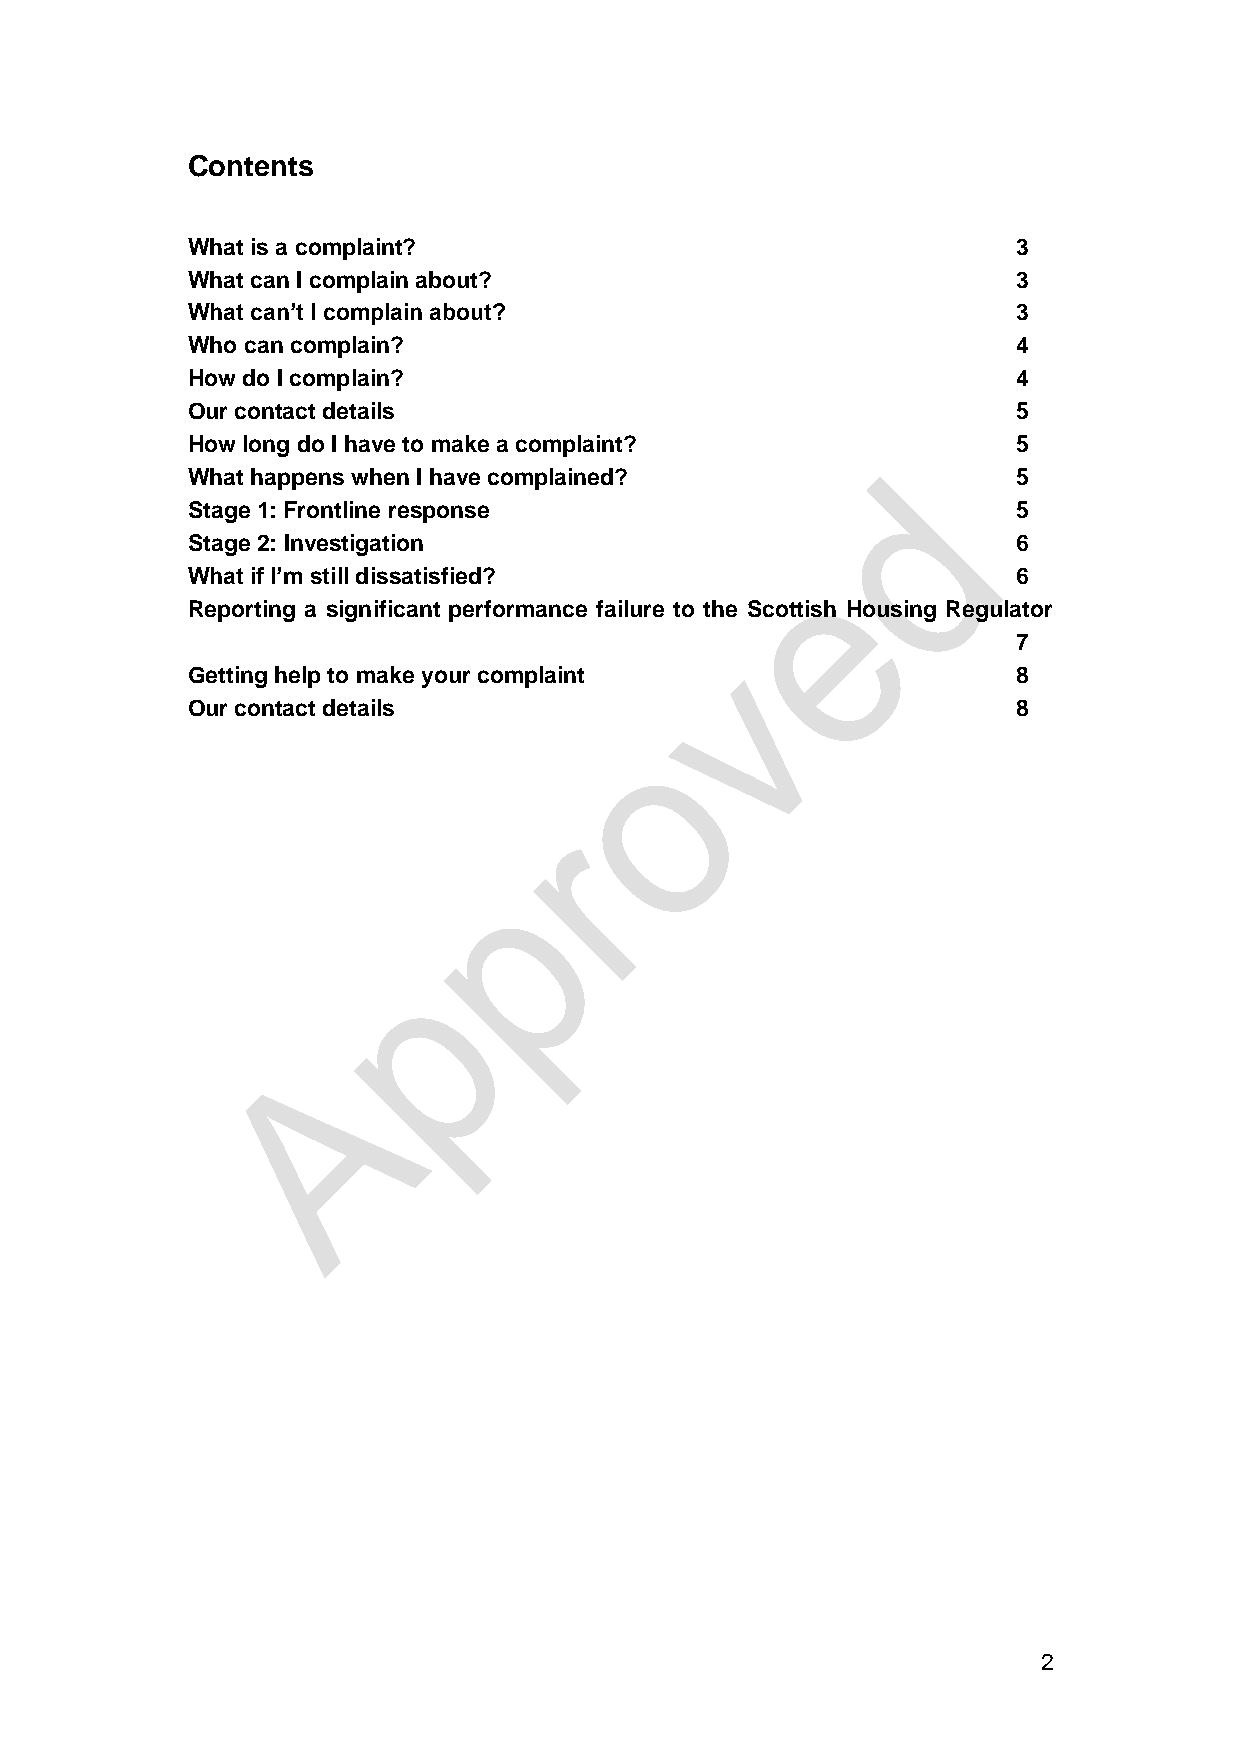
Contents
 What is a complaint?                                   3
 What can I complain about?                             3
 What can’t I complain about?                           3
 Who can complain?                                      4
 How do I complain?                                     4
 Our contact details                                    5
 How long do I have to make a complaint?                5
 What happens when I have complained?                   5
 Stage 1: Frontline response                            5
 Stage 2: Investigation                                 6
 What if I’m still dissatisfied?                        6
 Reporting a significant performance failure to the Scottish Housing Regulator
 7
 Getting help to make your complaint                    8
 Our contact details                                    8
 2